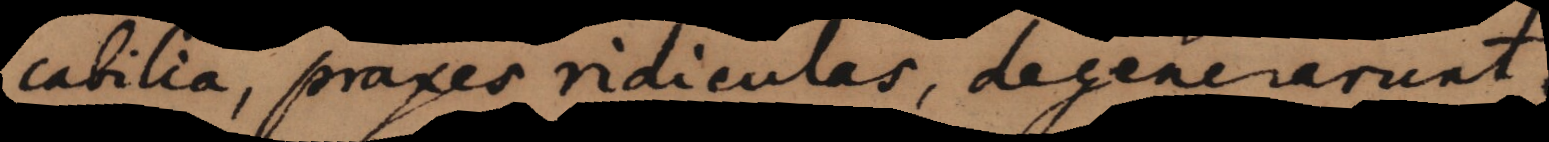
icabilia, praxes ridiculas, degenerarunt